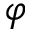
\varphi